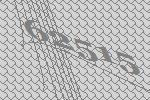
62515